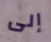
إلى